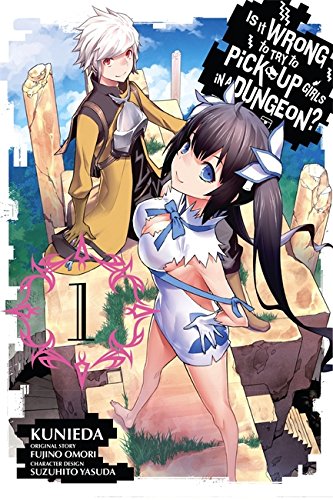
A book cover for Is It Wrong to Try to Pick up Girls in a Dungeon, Vol. 1; Fujino Omori; Teen & Young Adult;